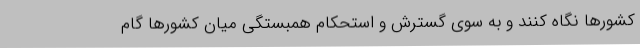
کشورها نگاه کنند و به سوی گسترش و استحکام همبستگی میان کشورها گام